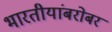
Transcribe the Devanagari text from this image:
भारतीयांबरोबर